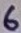
Text: 6